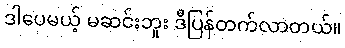
ဒါပေမယ့် မဆင်းဘူး ဒီပြန်တက်လာတယ်။